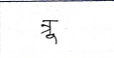
मजकूर: त्रू